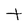
Character: t